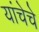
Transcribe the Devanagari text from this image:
यांचेचे